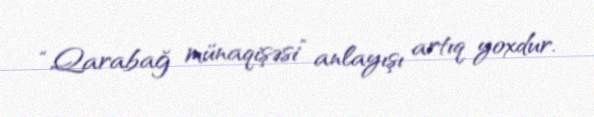
“Qarabağ münaqişəsi” anlayışı artıq yoxdur.